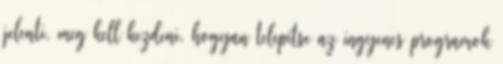
jelenti, meg kell kezdeni, hogyan telepítse az ingyenes programok